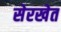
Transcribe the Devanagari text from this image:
सेरखेत